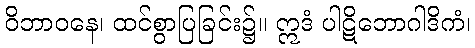
ဝိဘာဝနေ၊ ထင်စွာပြခြင်း၌။ ဣဒံ ပါဋိဘောဂါဒိကံ၊